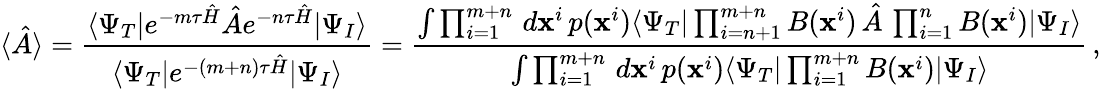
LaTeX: \langle\hat{A}\rangle=\frac{\langle\Psi_{T}|e^{-m\tau\hat{H}}\hat{A}e^{-n\tau\hat{H}}|\Psi_{I}\rangle}{\langle\Psi_{T}|e^{-(m+n)\tau\hat{H}}|\Psi_{I}\rangle}=\frac{\int\prod_{i=1}^{m+n}\, d\textbf{x}^{i}\, p(\textbf{x}^{i})\langle\Psi_{T}|\prod_{i=n+1}^{m+n}B(\textbf{x}^{i})\, \hat{A}\, \prod_{i=1}^{n}B(\textbf{x}^{i})|\Psi_{I}\rangle}{\int\prod_{i=1}^{m+n}\, d\textbf{x}^{i}\, p(\textbf{x}^{i})\langle\Psi_{T}|\prod_{i=1}^{m+n}B(\textbf{x}^{i})|\Psi_{I}\rangle}\, ,